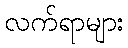
လက်ရာများ